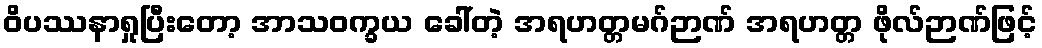
ဝိပဿနာရှုပြီးတော့ အာသဝက္ခယ ခေါ်တဲ့ အရဟတ္တမဂ်ဉာဏ် အရဟတ္တ ဖိုလ်ဉာဏ်ဖြင့်